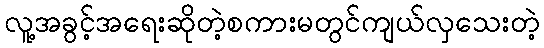
လူ့အခွင့်အရေးဆိုတဲ့စကားမတွင်ကျယ်လှသေးတဲ့